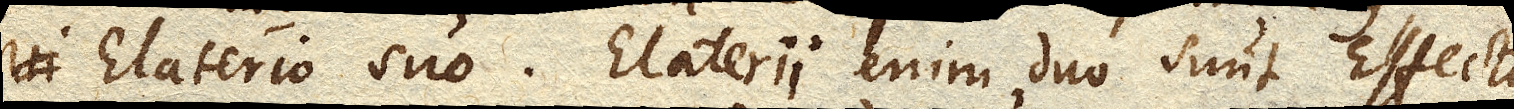
Elaterio suo. Elaterii enim duo sunt Effectus,